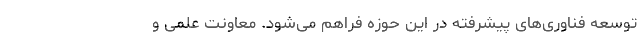
توسعه فناوری‌های پیشرفته در این حوزه فراهم می‌شود. معاونت علمی و